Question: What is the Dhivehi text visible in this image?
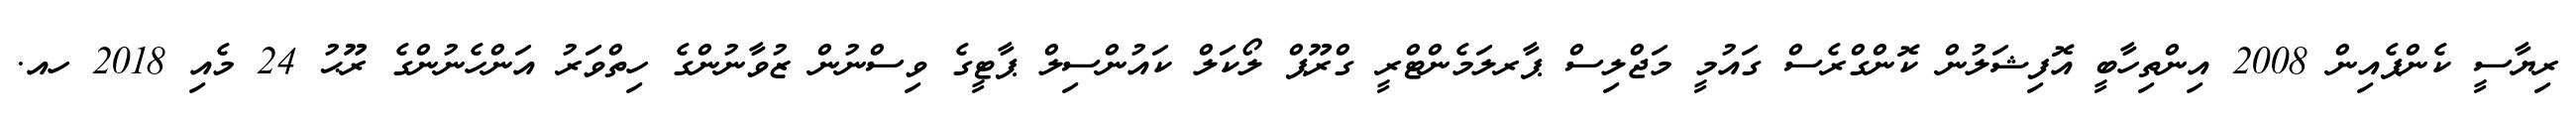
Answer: ރިޔާސީ ކެންޕެއިން 2008 އިންތިހާބީ އޮފިޝަލުން ކޮންގްރެސް ގައުމީ މަޖްލިސް ޕާރލަމެންޓްރީ ގްރޫޕް ލޯކަލް ކައުންސިލް ޕާޓީގެ ވިސްނުން ޒުވާނުންގެ ހިތްވަރު އަންހެނުންގެ ރޫޙު 24 މެއި 2018 ހއ.